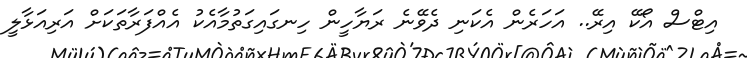
އިޓްސް އޯކޭ އިރޭ.. އަހަރެން އެކަނި ދެވޭނެ ރަޔާހީން ހިނގައިގަތުމާއެކު އެއްފަރާތަކަށް އަރިއަޅާލީ